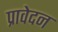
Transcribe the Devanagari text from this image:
प्रावेदन